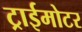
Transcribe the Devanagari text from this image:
ट्राईमोटर